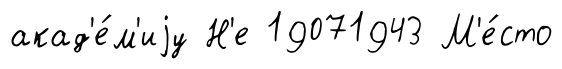
акад'е́м'иjу Н'е 19071943 М'е́сто